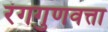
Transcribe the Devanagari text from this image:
रंगगुणवत्ता